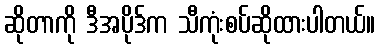
ဆိုတာကို ဒီအပိုဒ်က သီကုံးစပ်ဆိုထားပါတယ်။